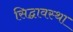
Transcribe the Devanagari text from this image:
सिद्घावस्था